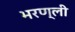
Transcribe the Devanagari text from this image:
भरण्ली